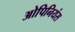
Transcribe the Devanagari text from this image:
ओपिनियंस